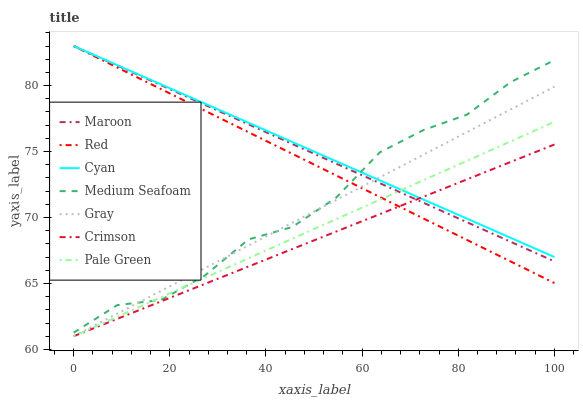
| xaxis_label | Maroon | Red | Cyan | Medium Seafoam | Gray | Crimson | Pale Green |
 | --- | --- | --- | --- | --- | --- | --- | --- |
 | 0 | 83 | 83 | 83 | 61.3 | 61 | 61 | 61 |
 | 9.09 | 81.5 | 81.4 | 81.5 | 63.4 | 62.7 | 62.3 | 62.5 |
 | 18.2 | 80 | 79.7 | 80.1 | 63.8 | 64.4 | 63.6 | 64 |
 | 27.3 | 78.5 | 78.1 | 78.6 | 65.6 | 66.2 | 65 | 65.4 |
 | 36.4 | 77.1 | 76.5 | 77.2 | 68.3 | 67.9 | 66.3 | 66.9 |
 | 45.5 | 75.6 | 74.8 | 75.7 | 69.3 | 69.6 | 67.6 | 68.4 |
 | 54.5 | 74.1 | 73.2 | 74.3 | 71.5 | 71.3 | 68.9 | 69.9 |
 | 63.6 | 72.6 | 71.6 | 72.8 | 74.9 | 73 | 70.2 | 71.3 |
 | 72.7 | 71.1 | 69.9 | 71.4 | 76.6 | 74.8 | 71.6 | 72.8 |
 | 81.8 | 69.6 | 68.3 | 69.9 | 77.8 | 76.5 | 72.9 | 74.3 |
 | 90.9 | 68.2 | 66.7 | 68.5 | 80.3 | 78.2 | 74.2 | 75.8 |
 | 100 | 66.7 | 65 | 67 | 81.9 | 79.9 | 75.5 | 77.3 |